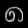
Digit: ၈